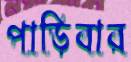
পাড়িবার